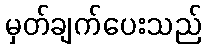
မှတ်ချက်ပေးသည်